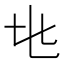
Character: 𬼙